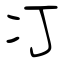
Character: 㓅